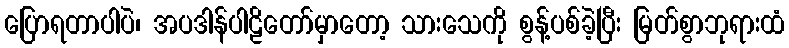
ပြောရတာပါပဲ၊ အပဒါန်ပါဠိတော်မှာတော့ သားသေကို စွန့်ပစ်ခဲ့ပြီး မြတ်စွာဘုရားထံ